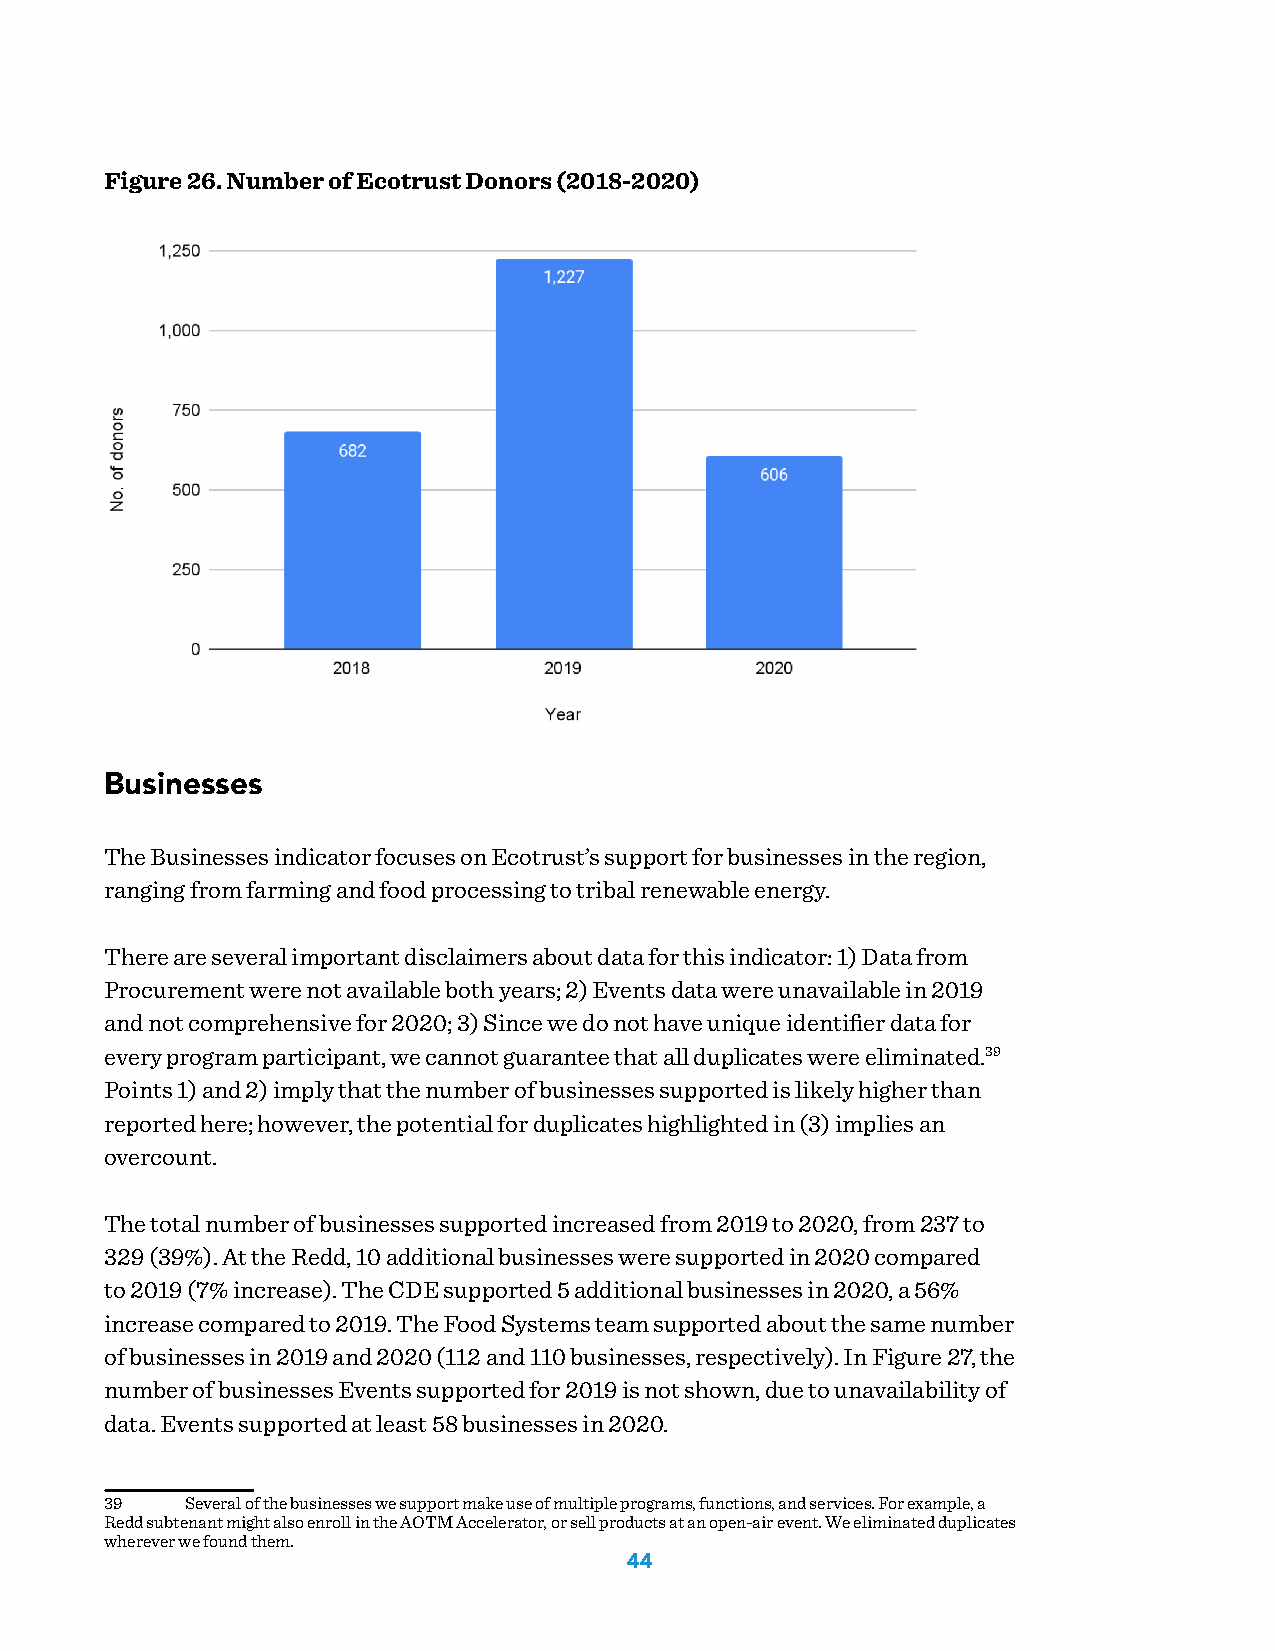
Figure 26. Number of Ecotrust Donors (2018-2020)
 Businesses
 The Businesses indicator focuses on Ecotrust’s support for businesses in the region,
 ranging from farming and food processing to tribal renewable energy.
 There are several important disclaimers about data for this indicator: 1) Data from
 Procurement were not available both years; 2) Events data were unavailable in 2019
 and not comprehensive for 2020; 3) Since we do not have unique identifier data for
 every program participant, we cannot guarantee that all duplicates were eliminated.39
 Points 1) and 2) imply that the number of businesses supported is likely higher than
 reported here; however, the potential for duplicates highlighted in (3) implies an
 overcount.
 The total number of businesses supported increased from 2019 to 2020, from 237 to
 329 (39%). At the Redd, 10 additional businesses were supported in 2020 compared
 to 2019 (7% increase). The CDE supported 5 additional businesses in 2020, a 56%
 increase compared to 2019. The Food Systems team supported about the same number
 of businesses in 2019 and 2020 (112 and 110 businesses, respectively). In Figure 27, the
 number of businesses Events supported for 2019 is not shown, due to unavailability of
 data. Events supported at least 58 businesses in 2020.
 39   Several of the businesses we support make use of multiple programs, functions, and services. For example, a
 Redd subtenant might also enroll in the AOTM Accelerator, or sell products at an open-air event. We eliminated duplicates
 wherever we found them.
 44